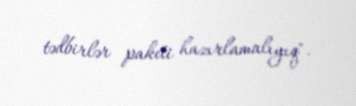
tədbirlər paketi hazırlamalıyıq".